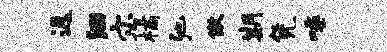
返洄宓橘弛傲期凭唾